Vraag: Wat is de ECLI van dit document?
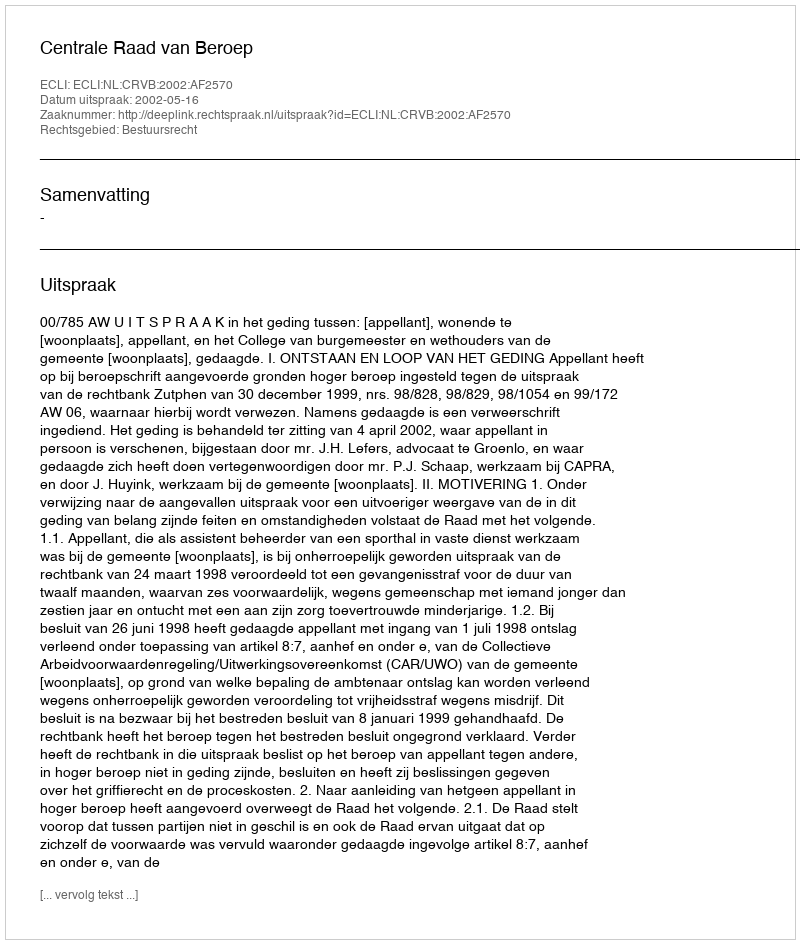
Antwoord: ECLI:NL:CRVB:2002:AF2570